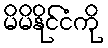
မိမိနိုင်ငံကို